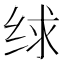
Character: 𰬗